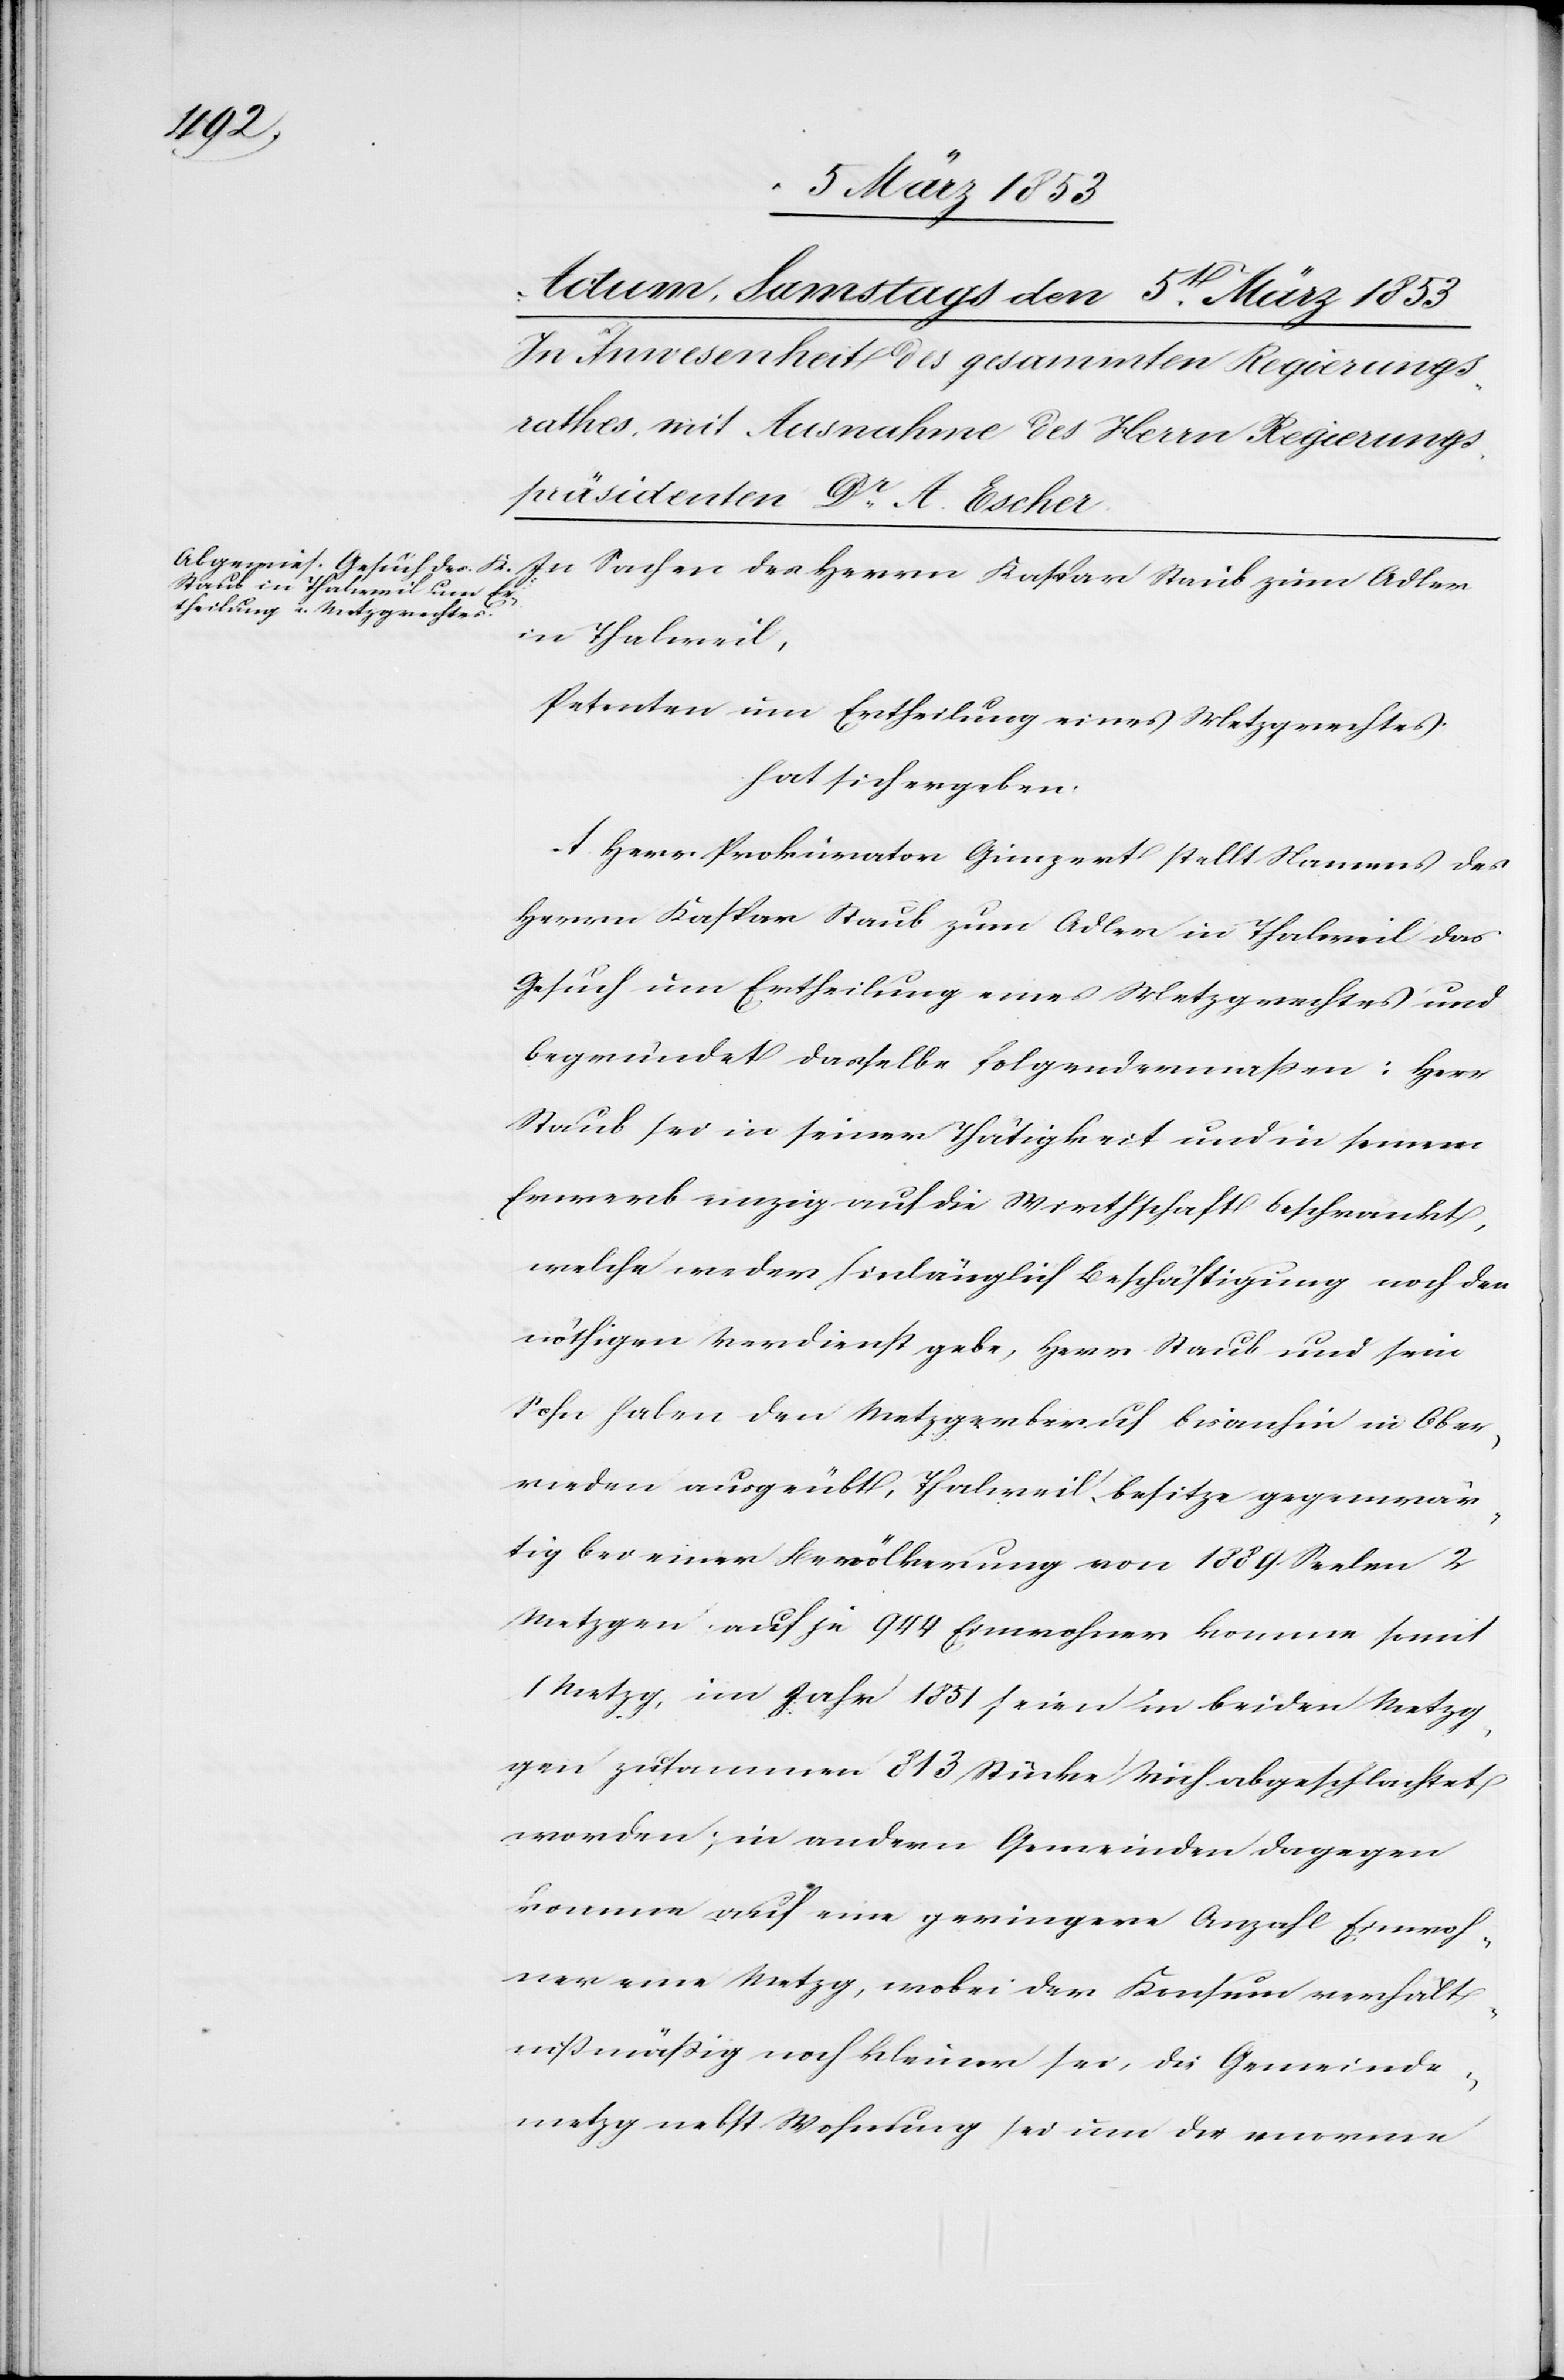
In Sachen des Herrn Kaspar Staub zum Adler
in Thalweil,
Petenten um Ertheilung eines Metzgerechtes
hat sich ergeben:
A. Herr Prokurator Gingert stellt Namens des
Herrn Kaspar Staub zum Adler in Thalweil das
Gesuch um Ertheilung eines Metzgrechtes und
begründet dasselbe folgendermassen: Herr
Staub sei in seiner Thätigkeit und in seinem
Erwerb einzig auf die Wirthschaft beschränkt,
welche weder hinlänglich Beschäftigung noch den
nöthigen Verdienst gebe, Herr Staub und sein
Sohn haben den Metzgerberuf bisanhin in Ober¬
rieden ausgeübt, Thalweil besitze gegenwär¬
tig bei einer Bevölkerung von 1889 Seelen 2
Metzgen auf je 914 Einwohner komme somit
1 Metzg, im Jahr 1851 seien in beiden Metz¬
gen zusammen 813 Stücke Vieh abgeschlachtet
worden, in andern Gemeinden dagegen
kommen auf eine geringere Anzahl Einwoh¬
ner eine Metzg, wobei der Konsum verhält¬
nißmäßig noch kleiner sei, die Gemeinde¬
metzg nebst Wohnung sei um die enorme